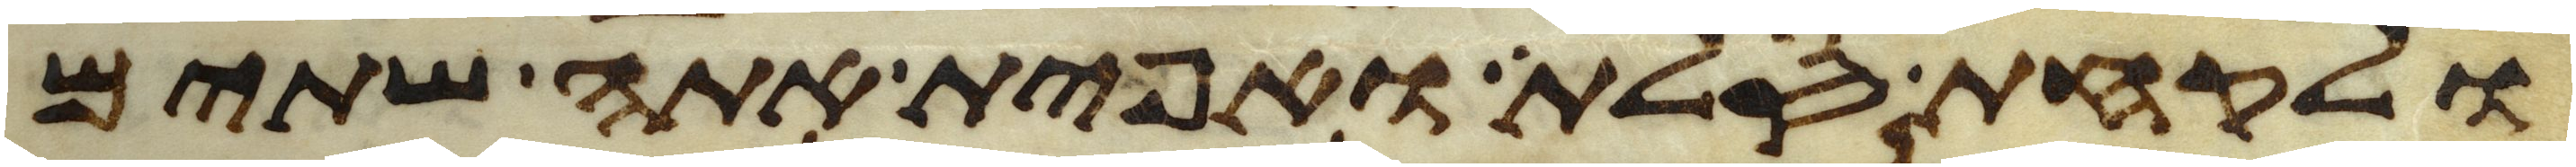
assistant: ולקחת סלת ואפית אתה שתים